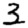
Digit: 3